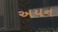
અયન